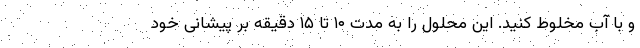
و با آب مخلوط کنید. این محلول را به مدت ۱۰ تا ۱۵ دقیقه بر پیشانی خود